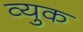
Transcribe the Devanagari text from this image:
व्युक